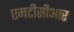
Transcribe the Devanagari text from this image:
एमटीसीआर